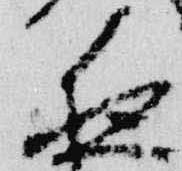
夜